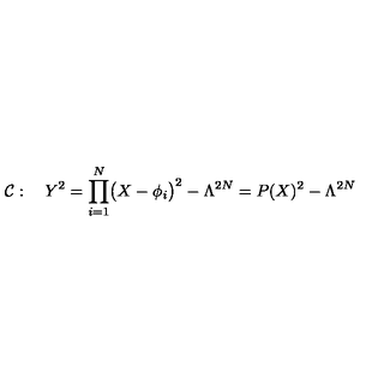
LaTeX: { \cal C } : \quad Y ^ { 2 } = \prod _ { i = 1 } ^ { N } \bigl ( X - \phi _ { i } \bigr ) ^ { 2 } - \Lambda ^ { 2 N } = P ( X ) ^ { 2 } - \Lambda ^ { 2 N }